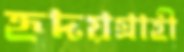
হৃদয়গ্রাহী